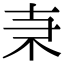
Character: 𠦙